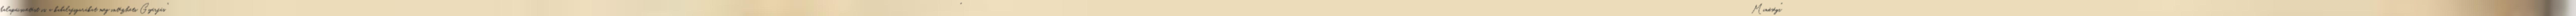
kalapácsvetést is, a kabalafigurákat meg intézheti Gyárfás " "Minőségi"